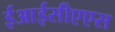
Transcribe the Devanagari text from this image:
ईआईसीएएस